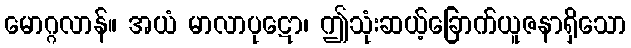
မောဂ္ဂလာန်။ အယံ မာလာပုဋော၊ ဤသုံးဆယ့်ခြောက်ယူဇနာရှိသော